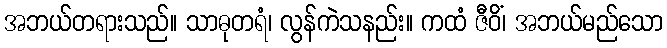
အဘယ်တရားသည်။ သာဓုတရံ၊ လွန်ကဲသနည်း။ ကထံ ဇီဝိံ၊ အဘယ်မည်သော